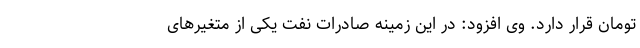
تومان قرار دارد. وی افزود: در این زمینه صادرات نفت یکی از متغیرهای